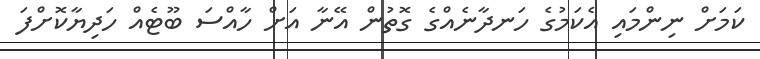
ކަމަށް ނިންމައި އެކަމުގެ ހަނދާނެއްގެ ގޮތުން އޭނާ އަށް ހާއްސަ ބޫޓެއް ހަދިޔާކޮށްފަ